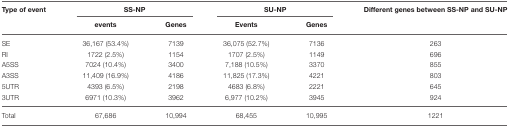
<table><thead><tr><td><b>Type of event</b></td><td colspan="2"><b>SS-NP</b></td><td colspan="2"><b>SU-NP</b></td><td><b>Different genes between SS-NP and SU-NP</b></td></tr><tr><td></td><td><b>events</b></td><td><b>Genes</b></td><td><b>Events</b></td><td><b>Genes</b></td><td></td></tr></thead><tbody><tr><td>SE</td><td>36,167 (53.4%)</td><td>7139</td><td>36,075 (52.7%)</td><td>7136</td><td>263</td></tr><tr><td>RI</td><td>1722 (2.5%)</td><td>1154</td><td>1707 (2.5%)</td><td>1149</td><td>696</td></tr><tr><td>A5SS</td><td>7024 (10.4%)</td><td>3400</td><td>7,188 (10.5%)</td><td>3370</td><td>855</td></tr><tr><td>A3SS</td><td>11,409 (16.9%)</td><td>4186</td><td>11,825 (17.3%)</td><td>4221</td><td>803</td></tr><tr><td>5UTR</td><td>4393 (6.5%)</td><td>2198</td><td>4683 (6.8%)</td><td>2221</td><td>645</td></tr><tr><td>3UTR</td><td>6971 (10.3%)</td><td>3962</td><td>6,977 (10.2%)</td><td>3945</td><td>924</td></tr><tr><td>Total</td><td>67,686</td><td>10,994</td><td>68,455</td><td>10,995</td><td>1221</td></tr></tbody></table>